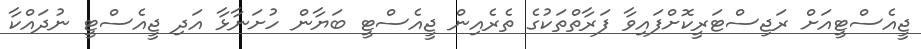
ޖީއެސްޓީއަށް ރަޖިސްޓަރީކޮށްފައިވާ ފަރާތްތަކުގެ ތެރެއިން ޖީއެސްޓީ ބަޔާން ހުށަނާޅާ އަދި ޖީއެސްޓީ ނުދައްކާ